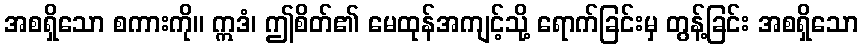
အစရှိသော စကားကို။ ဣဒံ၊ ဤစိတ်၏ မေထုန်အကျင့်သို့ ရောက်ခြင်းမှ တွန့်ခြင်း အစရှိသော